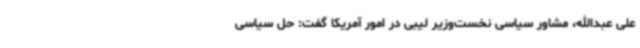
علی عبدالله، مشاور سیاسی نخست‌وزیر لیبی در امور آمریکا گفت: حل سیاسی